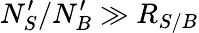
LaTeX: N_{S}^{\prime}/N_{B}^{\prime}\gg R_{S/B}